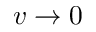
v \rightarrow 0